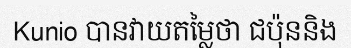
Kunio បានវាយតម្លៃថា ជប៉ុននិង